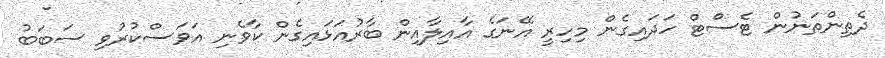
ދެތިންތަނުން ޓެސްޓް ހަދައިގެން މިހިރީ އޭނަގެ އާއިލާއިން ބާރުއަޅައިގެން ކާވެނި އަވަސްކުރުވި ސަބަބު